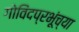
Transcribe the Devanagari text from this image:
गोविंदप्रभूंच्या